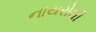
નાયરોથી